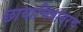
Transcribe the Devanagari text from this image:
छायाचित्रांवरच